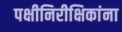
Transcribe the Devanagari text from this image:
पक्षीनिरीक्षिकांना